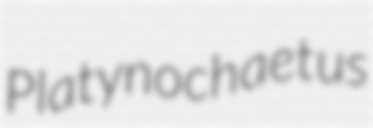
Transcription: Platynochaetus